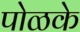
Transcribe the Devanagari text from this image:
पोळके